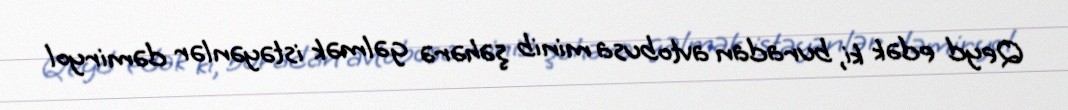
Qeyd edək ki, buradan avtobusa minib şəhərə gəlmək istəyənlər dəmiryol